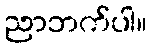
ညာဘက်ပါ။